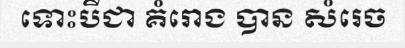
ទោះបីជា គំរោង បាន សំរេច